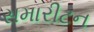
સમારીટન